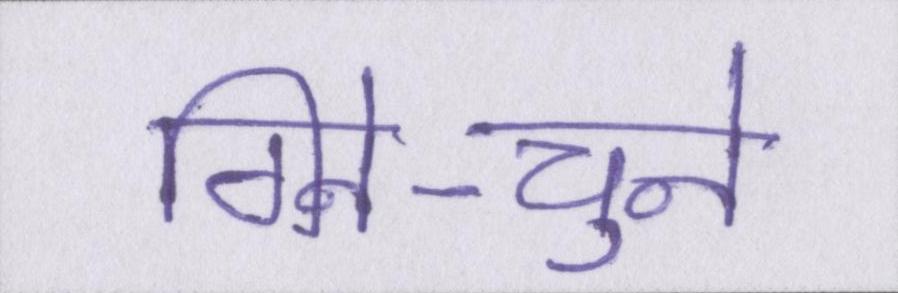
गिने-चुने